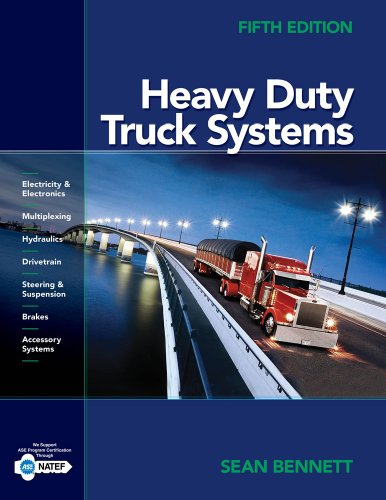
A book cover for Workbook for Bennett's Heavy Duty Truck Systems; Sean Bennett; Engineering & Transportation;